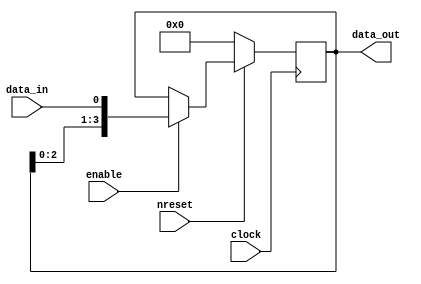
module IOTileConfig(
    input clock,
    input nreset,
    input enable,
    input data_in,
    output [3:0] data_out
);
    reg [3:0] r_data;
    always @(posedge clock) begin
        if (!nreset) begin
            r_data <= 0;
        end else begin
            if (enable) begin
                r_data <= {r_data[2:0], data_in};
            end
        end
    end
    assign data_out = r_data;   

endmodule